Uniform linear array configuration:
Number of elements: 48
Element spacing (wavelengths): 1
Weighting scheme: hamming
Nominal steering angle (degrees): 15
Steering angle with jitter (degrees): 16.166
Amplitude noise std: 0.05
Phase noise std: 0.05

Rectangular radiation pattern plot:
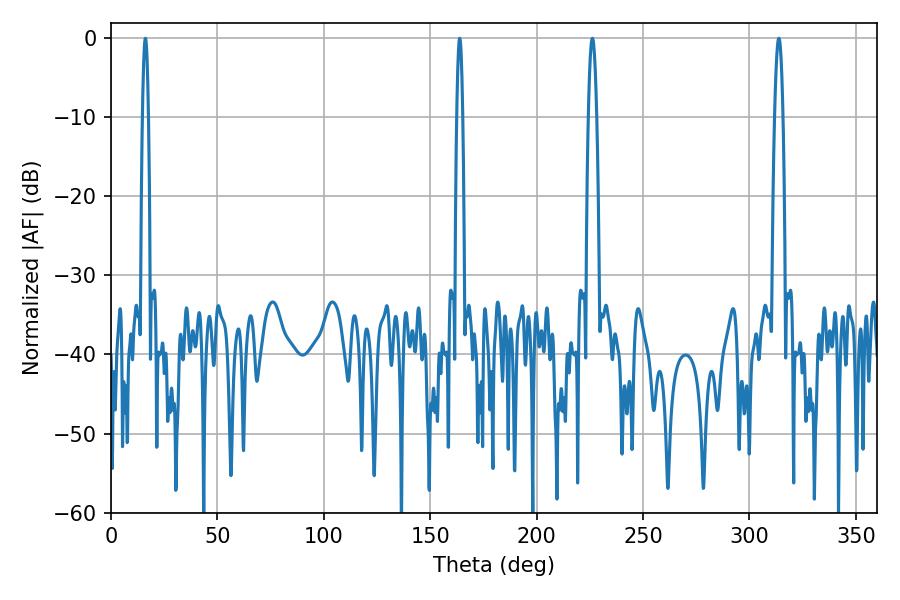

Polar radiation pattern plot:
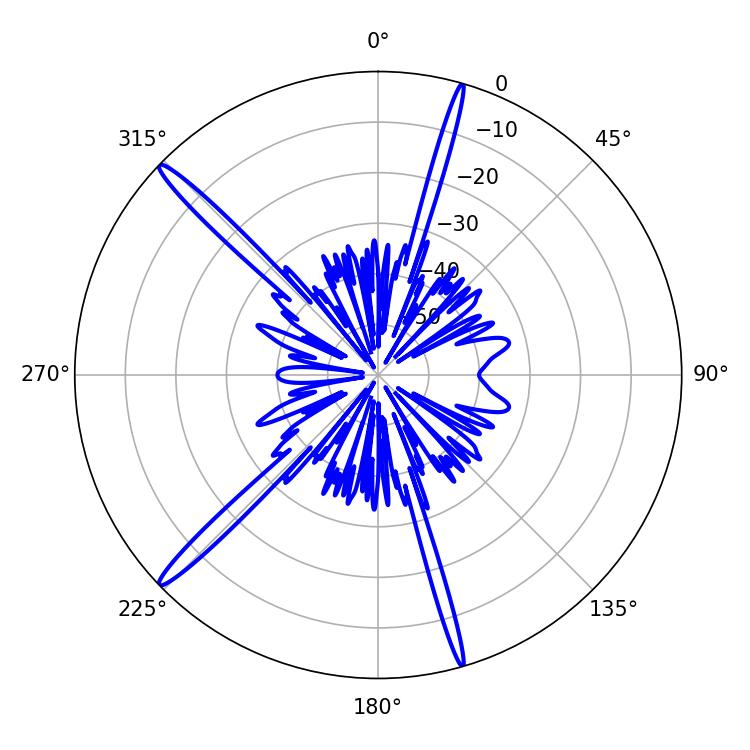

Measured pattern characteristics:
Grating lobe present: TRUE
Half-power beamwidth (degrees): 1.44
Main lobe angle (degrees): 163.8